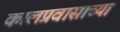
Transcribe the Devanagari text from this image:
कालप्रवासाच्या